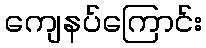
ကျေနပ်ကြောင်း